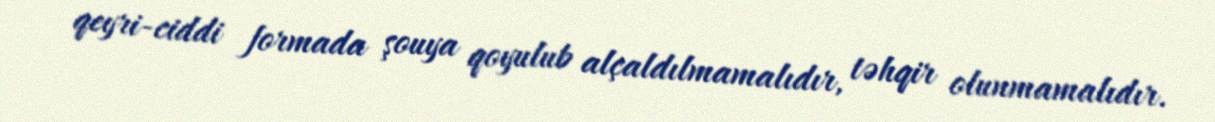
qeyri-ciddi formada şouya qoyulub alçaldılmamalıdır, təhqir olunmamalıdır.